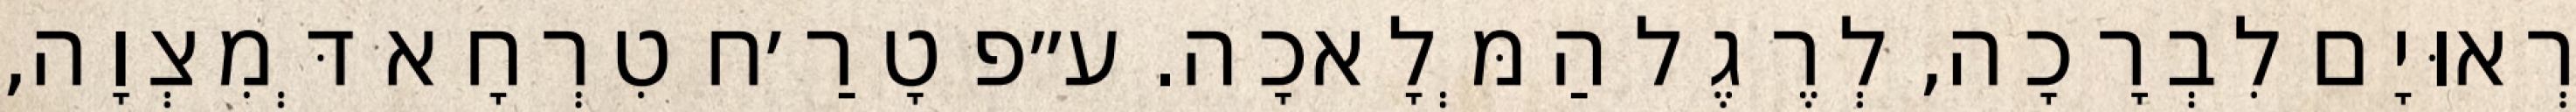
רְאוּיָם לִבְרָכָה, לְרֶגֶל הַמְּלָאכָה. ע״פ טָרַ׳ח טִרְחָא דְּמִצְוָה,